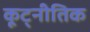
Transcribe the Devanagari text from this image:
कूट्नीतिक